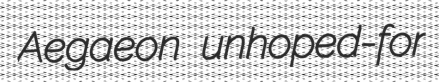
Aegaeon unhoped-for